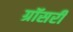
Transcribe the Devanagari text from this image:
ग्रॉसरी